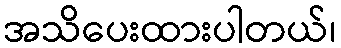
အသိပေးထားပါတယ်၊